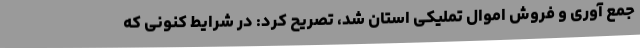
جمع آوری و فروش اموال تملیکی استان شد، تصریح کرد: در شرایط کنونی که